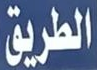
الطريق